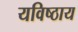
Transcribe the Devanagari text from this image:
यविष्ठाय